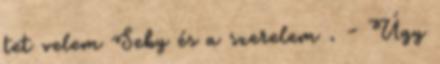
tet velem Seby és a szerelem . - Úgy